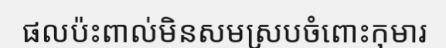
ផលប៉ះពាល់មិនសមស្របចំពោះកុមារ